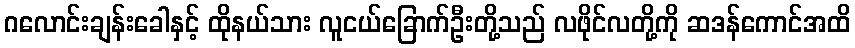
ဂလောင်းချန်းခေါနှင့် ထိုနယ်သား လူငယ်ခြောက်ဦးတို့သည် လဖိုင်လတို့ကို ဆဒန်ကောင်အထိ